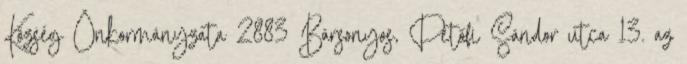
Község Önkormányzata 2883 Bársonyos, Petőfi Sándor utca 13. az